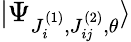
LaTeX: |\Psi_{J_{i}^{(1)},J_{ij}^{(2)},\theta}\rangle